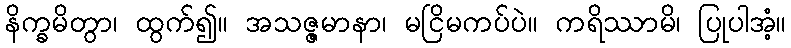
နိက္ခမိတွာ၊ ထွက်၍။ အသဇ္ဇမာနာ၊ မငြိမကပ်ပဲ။ ကရိဿာမိ၊ ပြုပါအံ့။